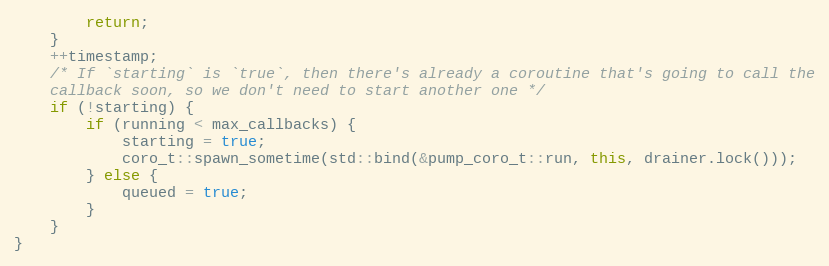
Language: C++
        return;
    }
    ++timestamp;
    /* If `starting` is `true`, then there's already a coroutine that's going to call the
    callback soon, so we don't need to start another one */
    if (!starting) {
        if (running < max_callbacks) {
            starting = true;
            coro_t::spawn_sometime(std::bind(&pump_coro_t::run, this, drainer.lock()));
        } else {
            queued = true;
        }
    }
}